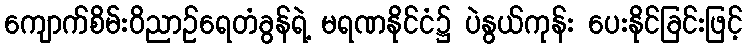
ကျောက်စိမ်းဝိညာဉ်ရေတံခွန်ရဲ့ မရဏနိုင်ငံ၌ ပဲနွယ်ကုန်း ပေးနိုင်ခြင်းဖြင့်